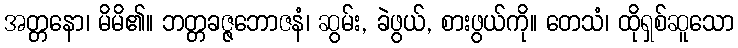
အတ္တနော၊ မိမိ၏။ ဘတ္တခဇ္ဇဘောဇနံ၊ ဆွမ်း, ခဲဖွယ်, စားဖွယ်ကို။ တေသံ၊ ထိုရှစ်ဆူသော